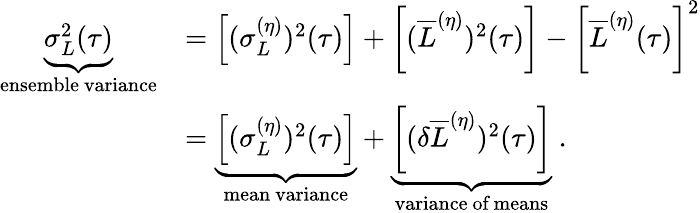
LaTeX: \begin{array}{rl}{\underbrace{\sigma_{L}^{2}(\tau)}_{\mathrm{\textrm{ensemble~variance}}}}&{=\left[(\sigma_{L}^{(\eta)})^{2}(\tau)\right]+\left[(\overline{{L}}^{(\eta)})^{2}(\tau)\right]-\left[\overline{{L}}^{(\eta)}(\tau)\right]^{2}}\\ &{=\underbrace{\left[(\sigma_{L}^{(\eta)})^{2}(\tau)\right]}_{\mathrm{\textrm{mean~variance}}}+\underbrace{\left[(\delta\overline{{L}}^{(\eta)})^{2}(\tau)\right]}_{\mathrm{\textrm{variance~of~means}}}\ .}\end{array}